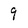
Character: 9